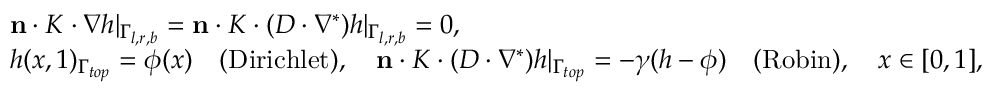
\begin{array} { r } { \begin{array} { l } { \mathbf { n } \cdot K \cdot \nabla h | _ { \Gamma _ { l , r , b } } = \mathbf { n } \cdot K \cdot ( D \cdot \nabla ^ { * } ) h | _ { \Gamma _ { l , r , b } } = 0 , } \\ { h ( x , 1 ) _ { \Gamma _ { t o p } } = \phi ( x ) \quad \mathrm { ( D i r i c h l e t ) } , \quad \mathbf { n } \cdot K \cdot ( D \cdot \nabla ^ { * } ) h | _ { \Gamma _ { t o p } } = - \gamma ( h - \phi ) \quad \mathrm { ( R o b i n ) } , \quad x \in [ 0 , 1 ] , } \end{array} } \end{array}